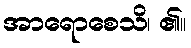
အာရောစေသိ၊ ၏။